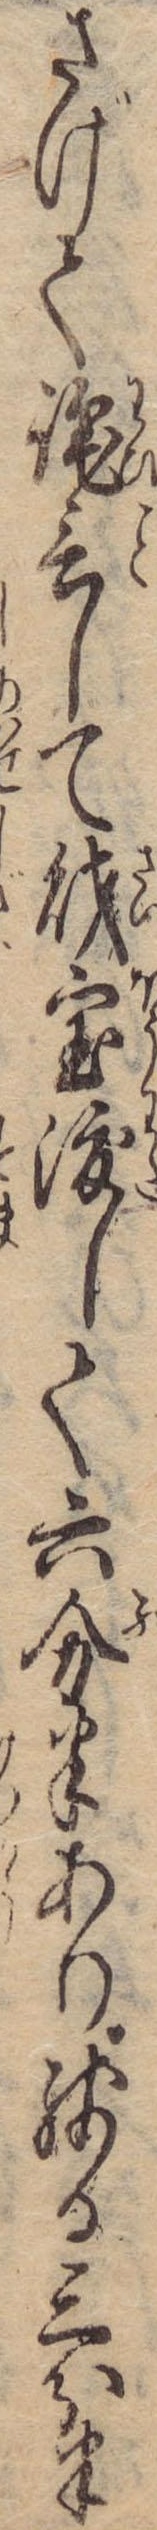
さげて詫言して財宝渡して六分半あり残る三分半